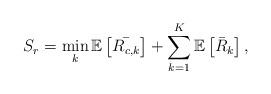
LaTeX: \begin{align*} S_r=\min_{k}\mathbb{E}\left[\bar{R_{c,k}}\right]+\sum_{k=1}^K \mathbb{E}\left[\bar{R}_k\right],\end{align*}